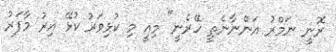
ރޮނީ ނަމްރު އަންނާނެތީ ހޭރެނީ" މިއީ މި ކުޅިވަރު ކުޅޭ އިރު މާފަރު